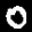
Label: 0